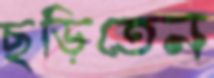
ছড়িতেন